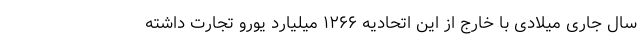
سال جاری میلادی با خارج از این اتحادیه ۱۲۶۶ میلیارد یورو تجارت داشته